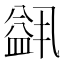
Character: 𬐭